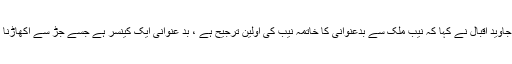
چیئرمین نیب جسٹس جاوید اقبال نے کہا کہ نیب ملک سے بدعنوانی کا خاتمہ نیب کی اولین ترجیح ہے ، بد عنوانی ایک کینسر ہے جسے جڑ سے اکھاڑنا انتہائی ضروری ہے۔